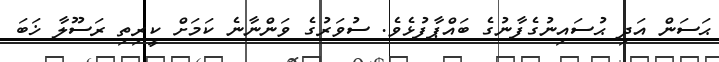
ޙަސަން އަދި ޙުސައިނުގެފާނުގެ ބައްޕާފުޅެވެ. ސުވަރުގެ ވަންނާނެ ކަމަށް ކީރިތި ރަސޫލާ ޚަބަ